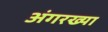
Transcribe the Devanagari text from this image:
अंगरख्या